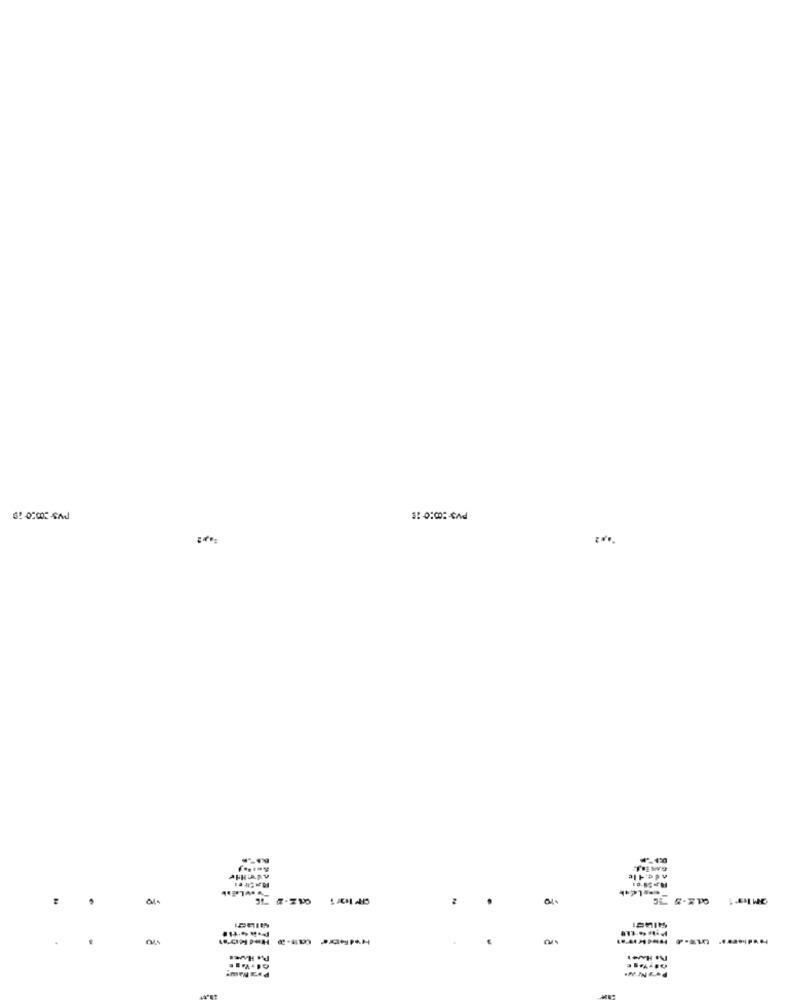
THEWE
IPAPY